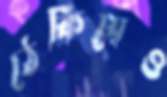
ঠেকিয়েও